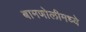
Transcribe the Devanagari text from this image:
बामणोलीमध्ये